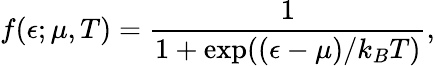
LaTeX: f(\epsilon;\mu,T)=\frac{1}{1+\mathrm{exp}((\epsilon-\mu)/k_{B}T)},